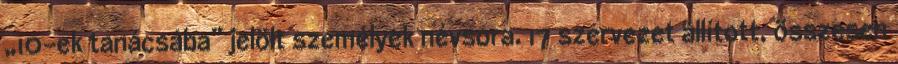
„10-ek tanácsába” jelölt személyek névsora. 17 szervezet állított, összesen